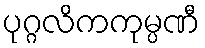
ပုဂ္ဂလိကကုမ္ပဏီ